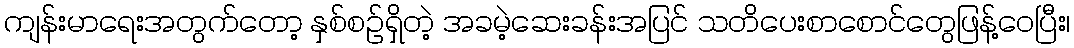
ကျန်းမာရေးအတွက်တော့ နှစ်စဉ်ရှိတဲ့ အခမဲ့ဆေးခန်းအပြင် သတိပေးစာစောင်တွေဖြန့်ဝေပြီး၊